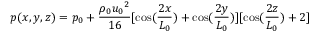
p ( x , y , z ) = p _ { 0 } + \frac { \rho _ { 0 } { u _ { 0 } } ^ { 2 } } { 1 6 } [ \cos ( \frac { 2 x } { L _ { 0 } } ) + \cos ( \frac { 2 y } { L _ { 0 } } ) ] [ \cos ( \frac { 2 z } { L _ { 0 } } ) + 2 ]